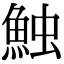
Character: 𩶥